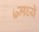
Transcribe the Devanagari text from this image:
७मध्ये